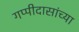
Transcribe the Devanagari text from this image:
गप्पीदासांच्या